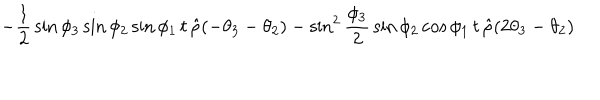
LaTeX: \! \! \! \! \! \! \! \! \! \! - { \frac { 1 } { 2 } } \sin { \phi _ { 3 } } \sin { \phi _ { 2 } } \sin { \phi _ { 1 } } \, t \, \hat { \rho } ( - \theta _ { 3 } - \theta _ { 2 } ) - \sin ^ { 2 } { \frac { \phi _ { 3 } } { 2 } } \sin { \phi _ { 2 } } \cos { \phi _ { 1 } } \, t \, \hat { \rho } ( 2 \theta _ { 3 } - \theta _ { 2 } )